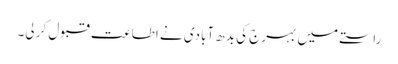
راستے میں بہرج کی بدھ آبادی نے اطاعت قبول کر لی۔